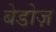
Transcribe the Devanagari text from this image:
बेडोज़